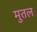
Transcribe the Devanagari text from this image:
मुतल